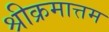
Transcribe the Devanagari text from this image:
श्रीक्रमात्तम